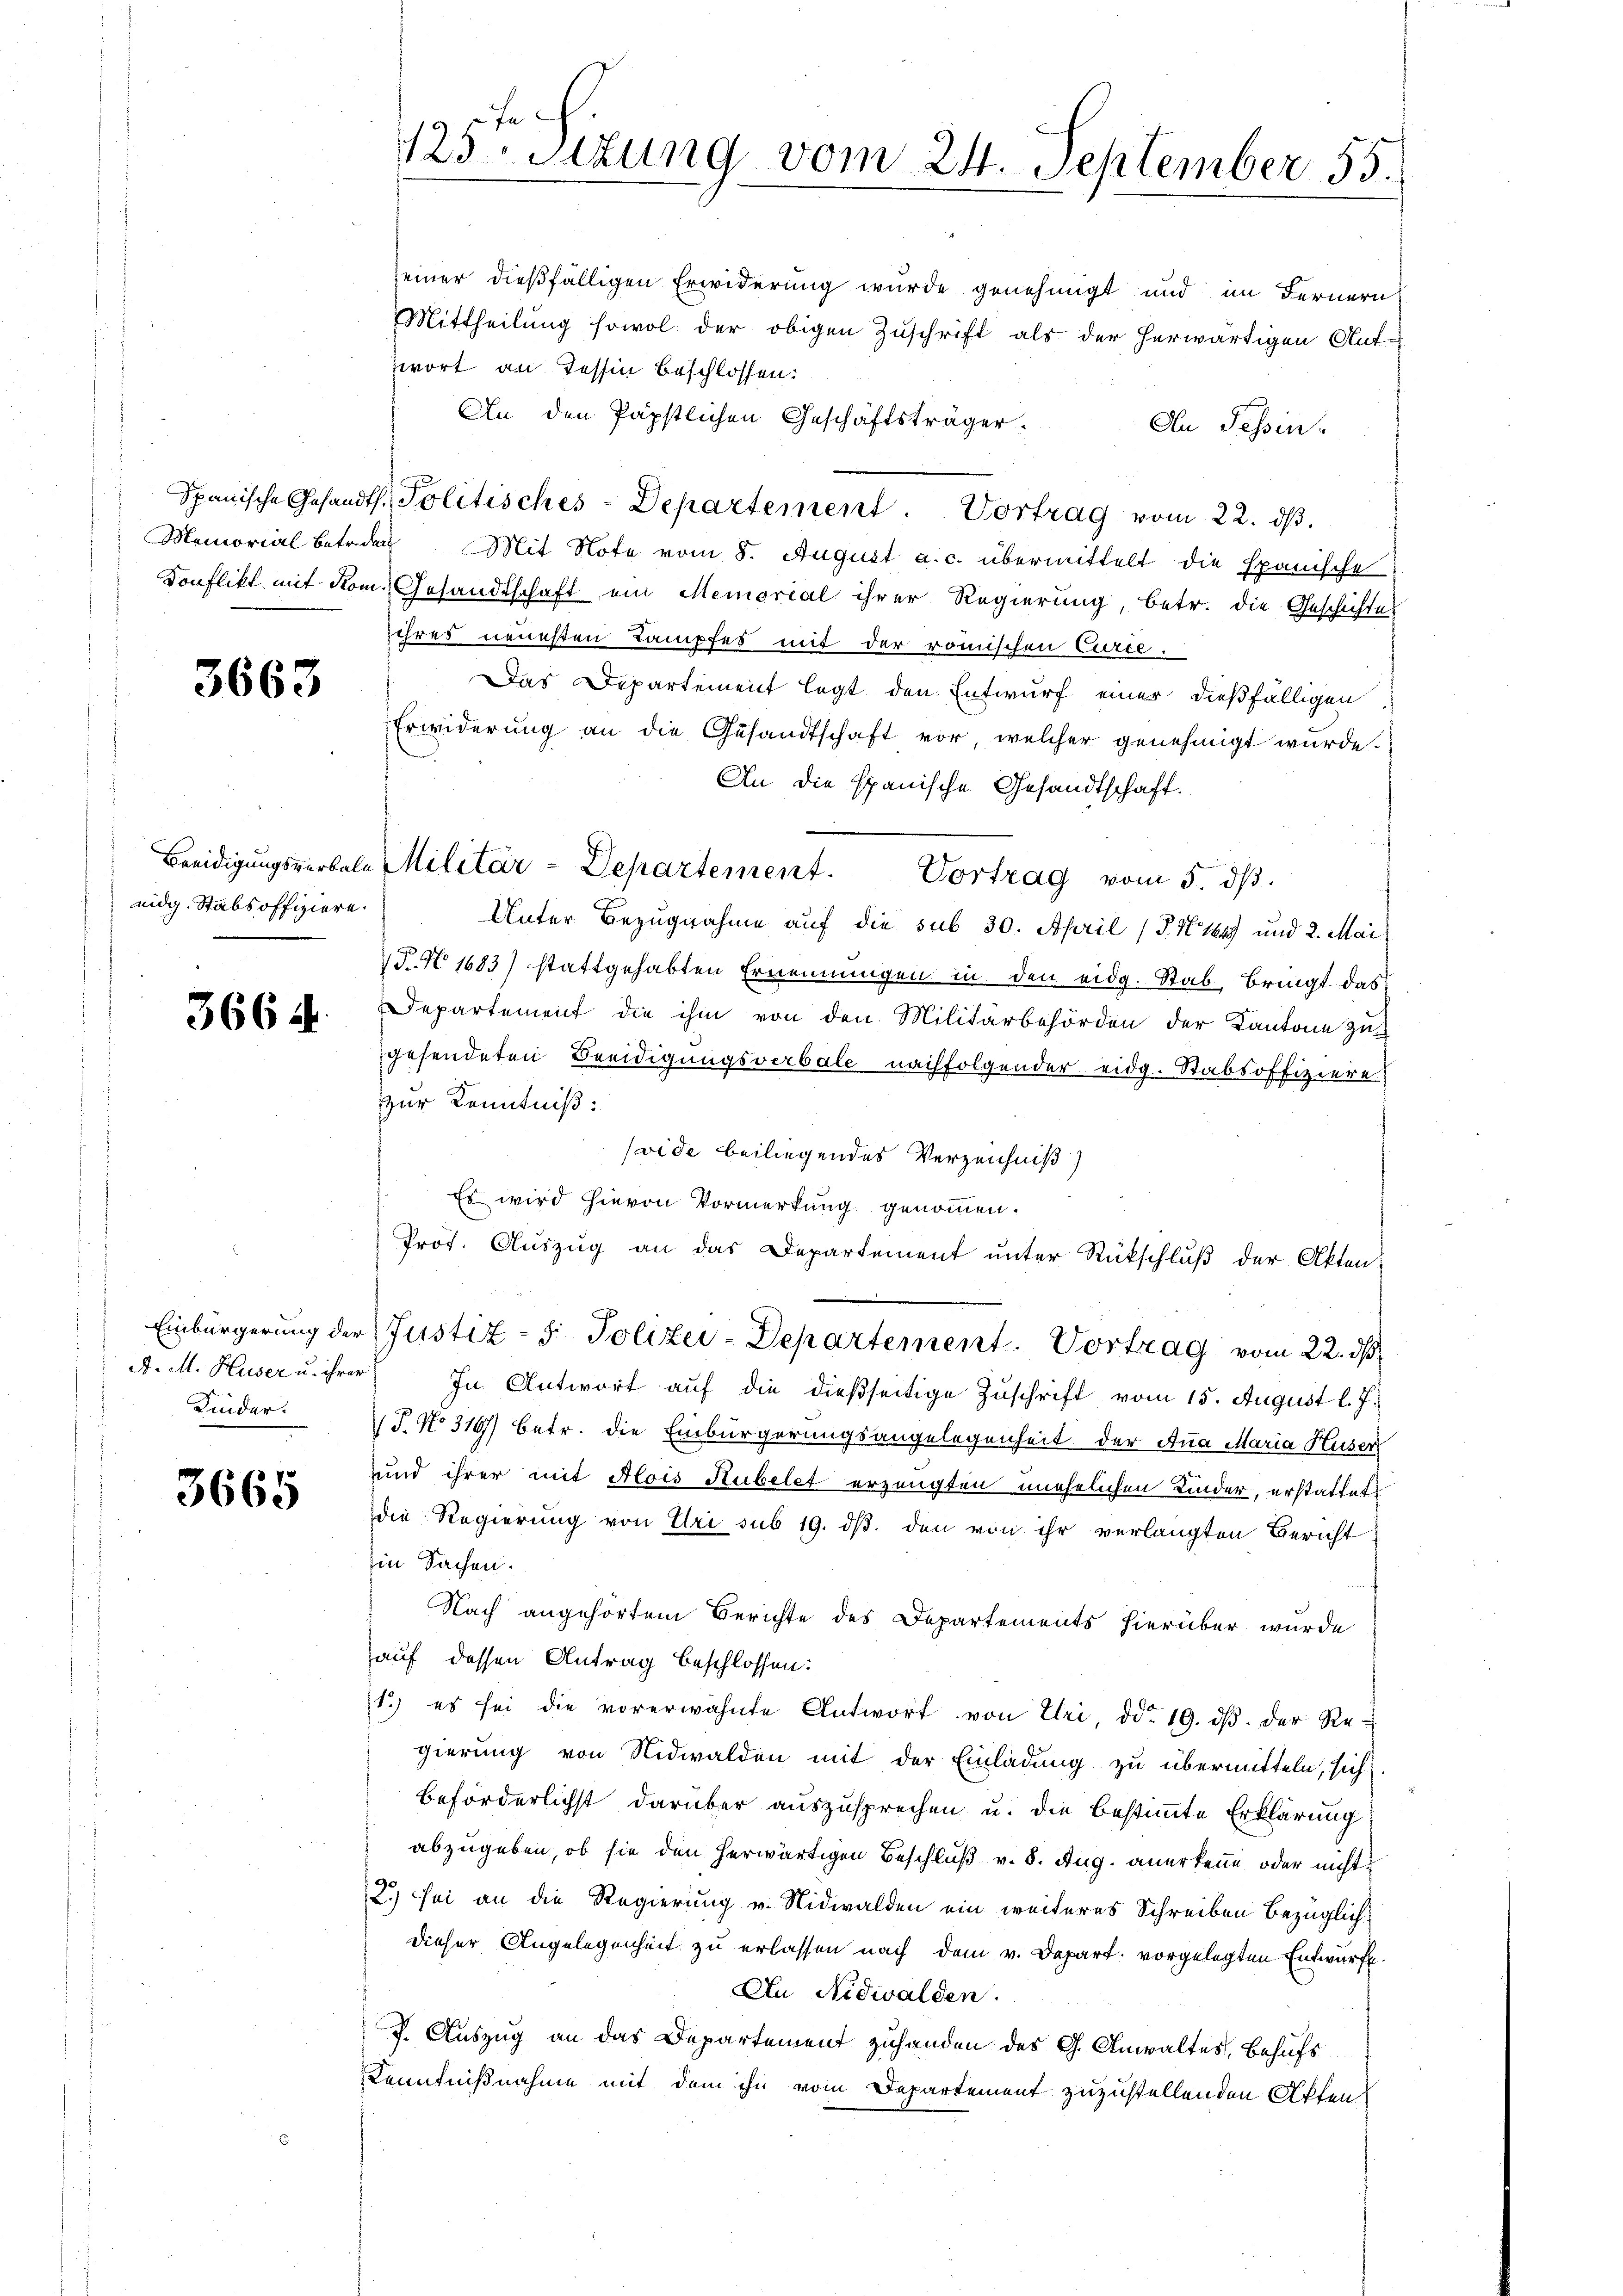
3663

nidg. Stabsoffiziere.

3664.

Kinder.

3665

125ten Sitzung vom 24. September 55.

An den Päpstlichen Geschäftsträger-
An Tessin
Spanische Gesandt. Politisches-Departement. Vortrag vom 22. dβ.
Memorial betriden Mit Note vom 8. August a. c. übermittelt die Epanische
Konflikt mit Rom. Gesandtschaft ein Memorial ihrer Regierung, betr. die Geschichtes
jihres neuesten Tampfes mit der römischen Curte.
Das Departement legt den Entwurf einer dießfälligen
Erwiderung an die Gesandtschaft vor, welcher genehmigt wurde.
An die spanische Gesandtschaft.
Unter Bezugnahme auf die sub 30. April (T.14) und 2. Mai
TN 1683) stattgehabten Ernennungen in den eidg. Stab, bringt das
Departement die ihm von den Militärbehörden der Kantone zug
gesendeten Breidigungsverbale nachfolgender eidg. Stabsoffiziere
zur Kenntniß:
vide beiliegendes Verzeichniß
Es wird hievon Vormerkung genommen.
Prof. Auszug an das Departement unter Rückschluß der Akten:
Einbürgerung der Justiz - 5. Polizei-Departement. Vortrag vom 22. ds
A. M. Huser u. ihrer In Antwort auf die dießseitige Zuschrift vom 15. August l. J.
J. No 316) betr. die Einbürgerungsangelegenheit der Ana Maria Huser
und ihrer mit Alois Hubelet erzeugten unehelichen Kinder, erstattet
die Regierung von Uri sub 19. ds. den von ihr verlangten Bericht
Ein Sachen.
Nach angehörtem Berichte des Departements hierüber wurde
auf dessen Antrag beschlossen:
1.) es sei die vorerwähnte Antwort von Uri, ddo 19. dβ. der Re-
gierung von Nidwalden mit der Einladung zu übermitteln, sich
beförderlichst darüber auszusprechen u. die bestimmte Erklärung
abzugeben, ob sie den herwärtigen Beschluß v. 8. Aug. anerkenne oder nicht
2.) sei an die Regierung v. Nidwalden ein weiteres Schreiben bezüglich-
dieser Angelegenheit zu erlassen nach dem v. Depart. vorgelegten Entwurfe.
An Nidwalden.
J. Auszug an das Departement zuhanden des G. Anwaltes, Behufs
Kenntnißnahme mit dem ihn vom Departement zuzustellenden Akten

seiner dießfälligen Erwiderung wurde genehmigt und im Fernern
Mittheilung sowol der obigen Zuschrift als der herwärtigen Auf-
wort an Tessin beschlossen:

Beeidigungsverbale Militär-Departement. Vortrag vom 5. ds.